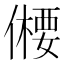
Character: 𠏕